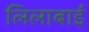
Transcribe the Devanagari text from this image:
लिलाबाई